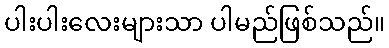
ပါးပါးလေးများသာ ပါမည်ဖြစ်သည်။